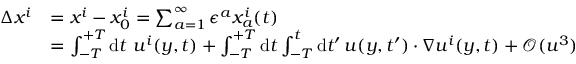
\begin{array} { r l } { \Delta x ^ { i } } & { = x ^ { i } - x _ { 0 } ^ { i } = \sum _ { a = 1 } ^ { \infty } \epsilon ^ { a } x _ { a } ^ { i } ( t ) } \\ & { = \int _ { - T } ^ { + T } \ensuremath { \operatorname { d } \! t \ u ^ { i } ( y , t ) + \int _ { - T } } ^ { + T } \ensuremath { \operatorname { d } \! t \int _ { - T } } ^ { t } \ensuremath { \operatorname { d } \! t ^ { \prime } \, u ( y , t ^ { \prime } ) \cdot \nabla u ^ { i } } ( y , t ) + \mathcal { O } ( u ^ { 3 } ) } \end{array}